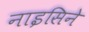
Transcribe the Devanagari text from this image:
नाइसिने